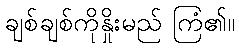
ချစ်ချစ်ကိုနှိုးမည် ကြံ၏။